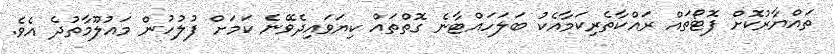
ތައްޔާރުކޮށް ފޮޓޯތައް ރައްކާތެރިކަމާއެކު ބަލަހައްޓާނެ ގޮތްތައް ކިޔަވައިދެވޭނެ ކަމަށް ފުލުހުން މައުލޫމާތުދެ އެވެ.